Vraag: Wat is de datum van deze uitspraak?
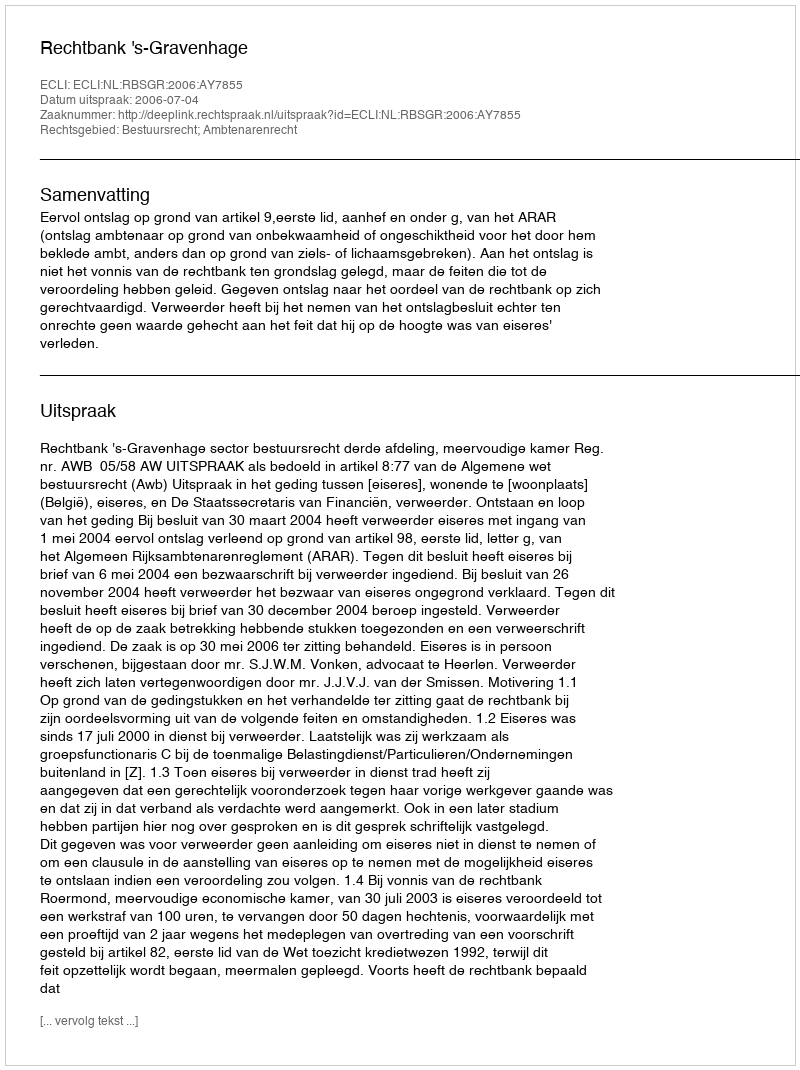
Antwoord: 2006-07-04